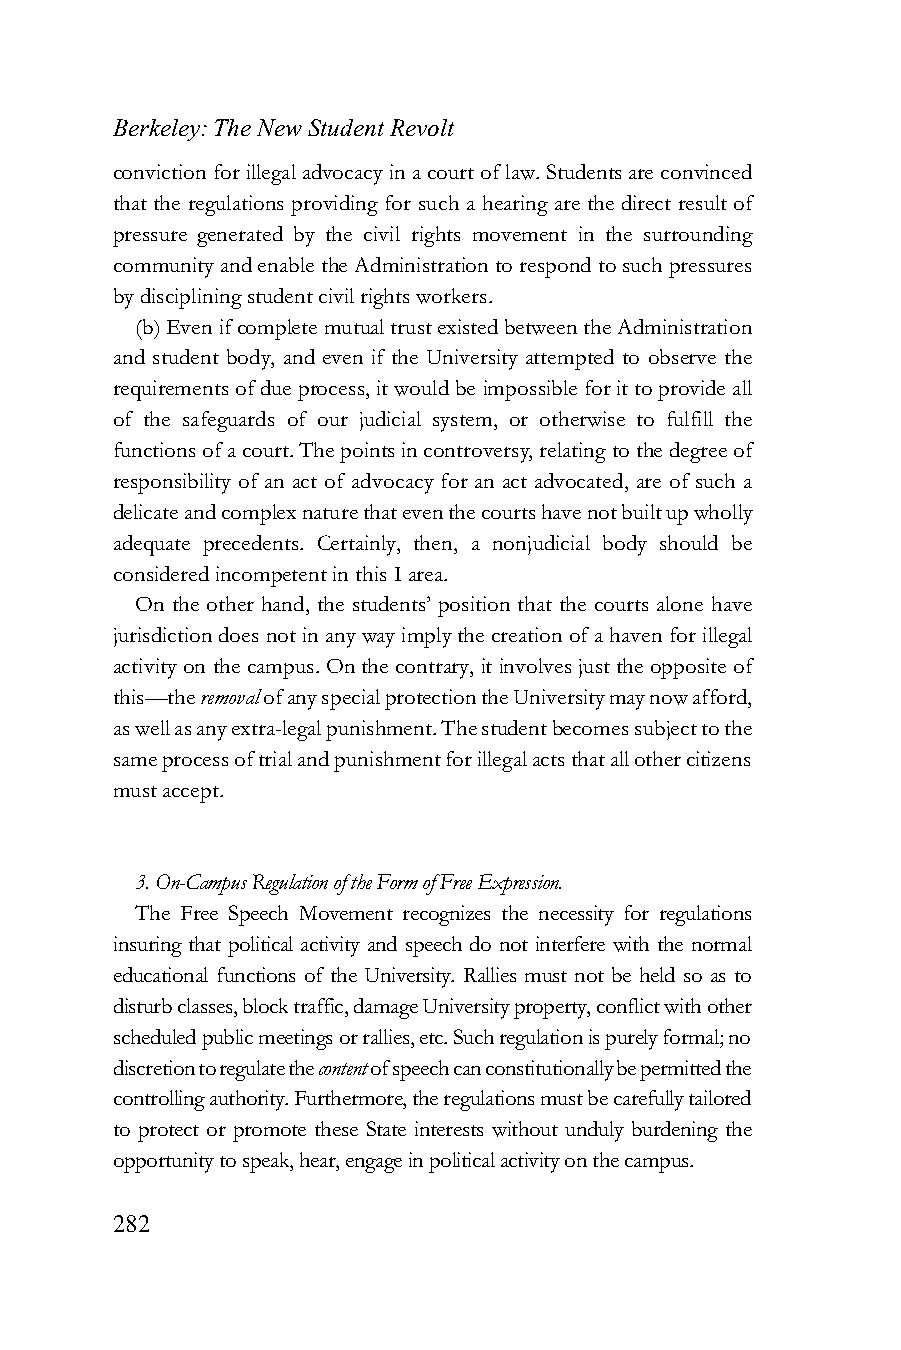
Berkeley: The New Student Revolt
 conviction for illegal advocacy in a court of law. Students are convinced
 that the regulations providing for such a hearing are the direct result of
 pressure generated by the civil rights movement in the surrounding
 community and enable the Administration to respond to such pressures
 by disciplining student civil rights workers.
 (b) Even if complete mutual trust existed between the Administration
 and student body, and even if the University attempted to observe the
 requirements of due process, it would be impossible for it to provide all
 of the safeguards of our judicial system, or otherwise to fulfill the
 functions of a court. The points in controversy, relating to the degree of
 responsibility of an act of advocacy for an act advocated, are of such a
 delicate and complex nature that even the courts have not built up wholly
 adequate precedents. Certainly, then, a nonjudicial body should be
 considered incompetent in this I area.
 On the other hand, the students’ position that the courts alone have
 jurisdiction does not in any way imply the creation of a haven for illegal
 activity on the campus. On the contrary, it involves just the opposite of
 this—the removal of any special protection the University may now afford,
 as well as any extra-legal punishment. The student becomes subject to the
 same process of trial and punishment for illegal acts that all other citizens
 must accept.
 3. On-Campus Regulation of the Form of Free Expression.
 The Free Speech Movement recognizes the necessity for regulations
 insuring that political activity and speech do not interfere with the normal
 educational functions of the University. Rallies must not be held so as to
 disturb classes, block traffic, damage University property, conflict with other
 scheduled public meetings or rallies, etc. Such regulation is purely formal; no
 discretion to regulate the content of speech can constitutionally be permitted the
 controlling authority. Furthermore, the regulations must be carefully tailored
 to protect or promote these State interests without unduly burdening the
 opportunity to speak, hear, engage in political activity on the campus.
 282